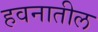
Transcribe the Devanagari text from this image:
हवनातील